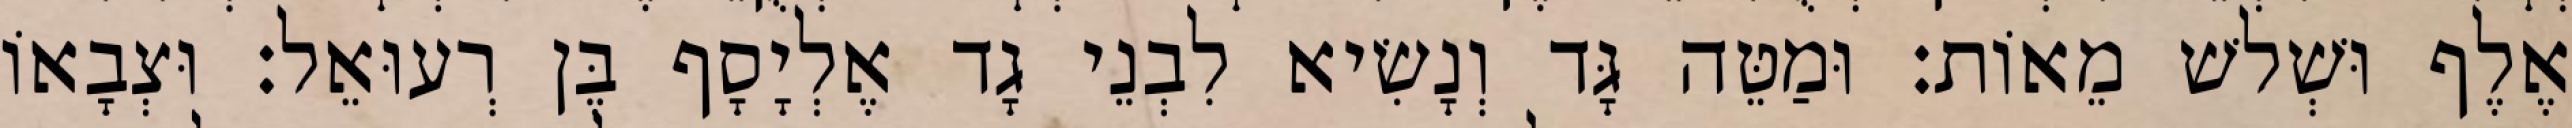
אֶלֶף וּשְׁלשׁ מֵאוֹת׃ וּמַטֵּה גָּד וְנָשִׂיא לִבְנֵי גָד אֶלְיָסָף בֶּן רְעוּאֵל׃ וּצְבָאוֹ